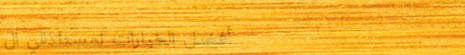
أفضل الخيارات لمستلذقي ال